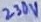
Text: 230V